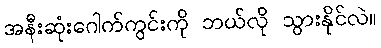
အနီးဆုံးဂေါက်ကွင်းကို ဘယ်လို သွားနိုင်လဲ။